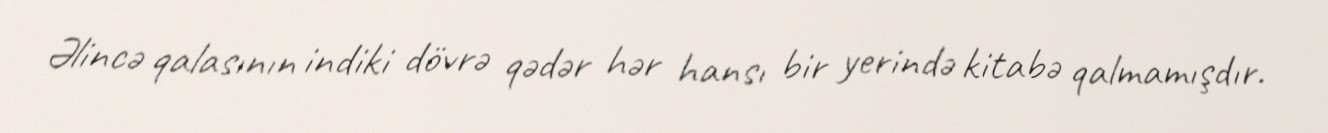
Əlincə qalasının indiki dövrə qədər hər hansı bir yerində kitabə qalmamışdır.